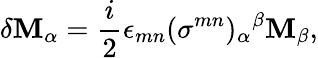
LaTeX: \delta\mathbf{M}_{\alpha}=\frac{{i}}{{2}}\epsilon_{mn}(\sigma^{mn})_{\alpha}{}^{\beta}\mathbf{M}_{\beta},